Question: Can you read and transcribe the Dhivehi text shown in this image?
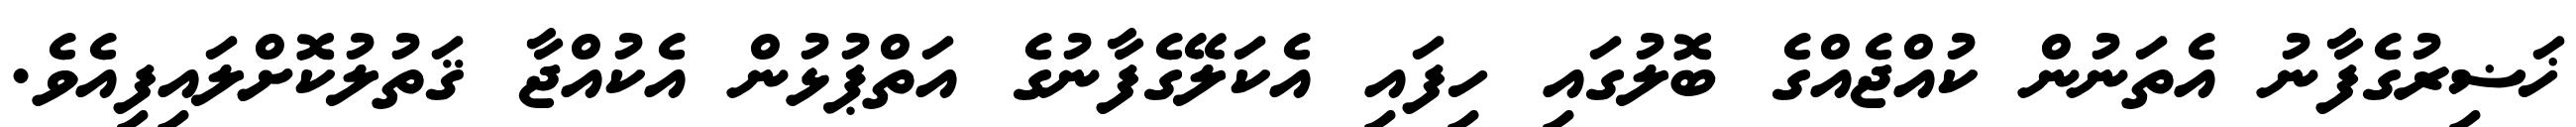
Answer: ޚަޟިރުގެފާނު އެތަނުން ކުއްޖެއްގެ ބޮލުގައި ހިފައި އެކަލޭގެފާނުގެ އަތްޕުޅުން އެކުއްޖާ ޤަތުލުކޮށްލައިފިއެވެ.